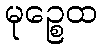
မုဉ္စေထ